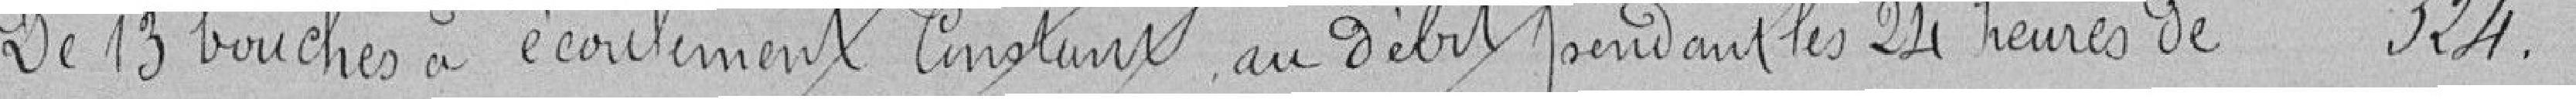
De 13 bouches à écoulement constant au débit pendant les 24 heurs de 324.